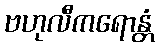
ဗဟုလီကရောန္တံ